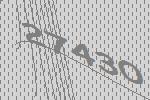
27430